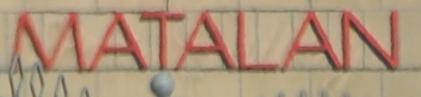
matalan